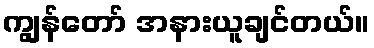
ကျွန်တော် အနားယူချင်တယ်။